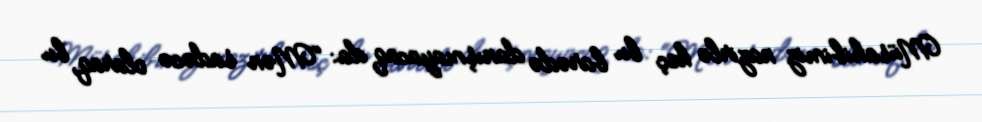
Müsahibimiz nazirlə heç bu barədə danışmayacaq da: “Mən sadəcə olaraq, bu